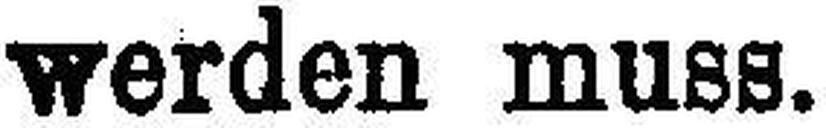
werden muss.